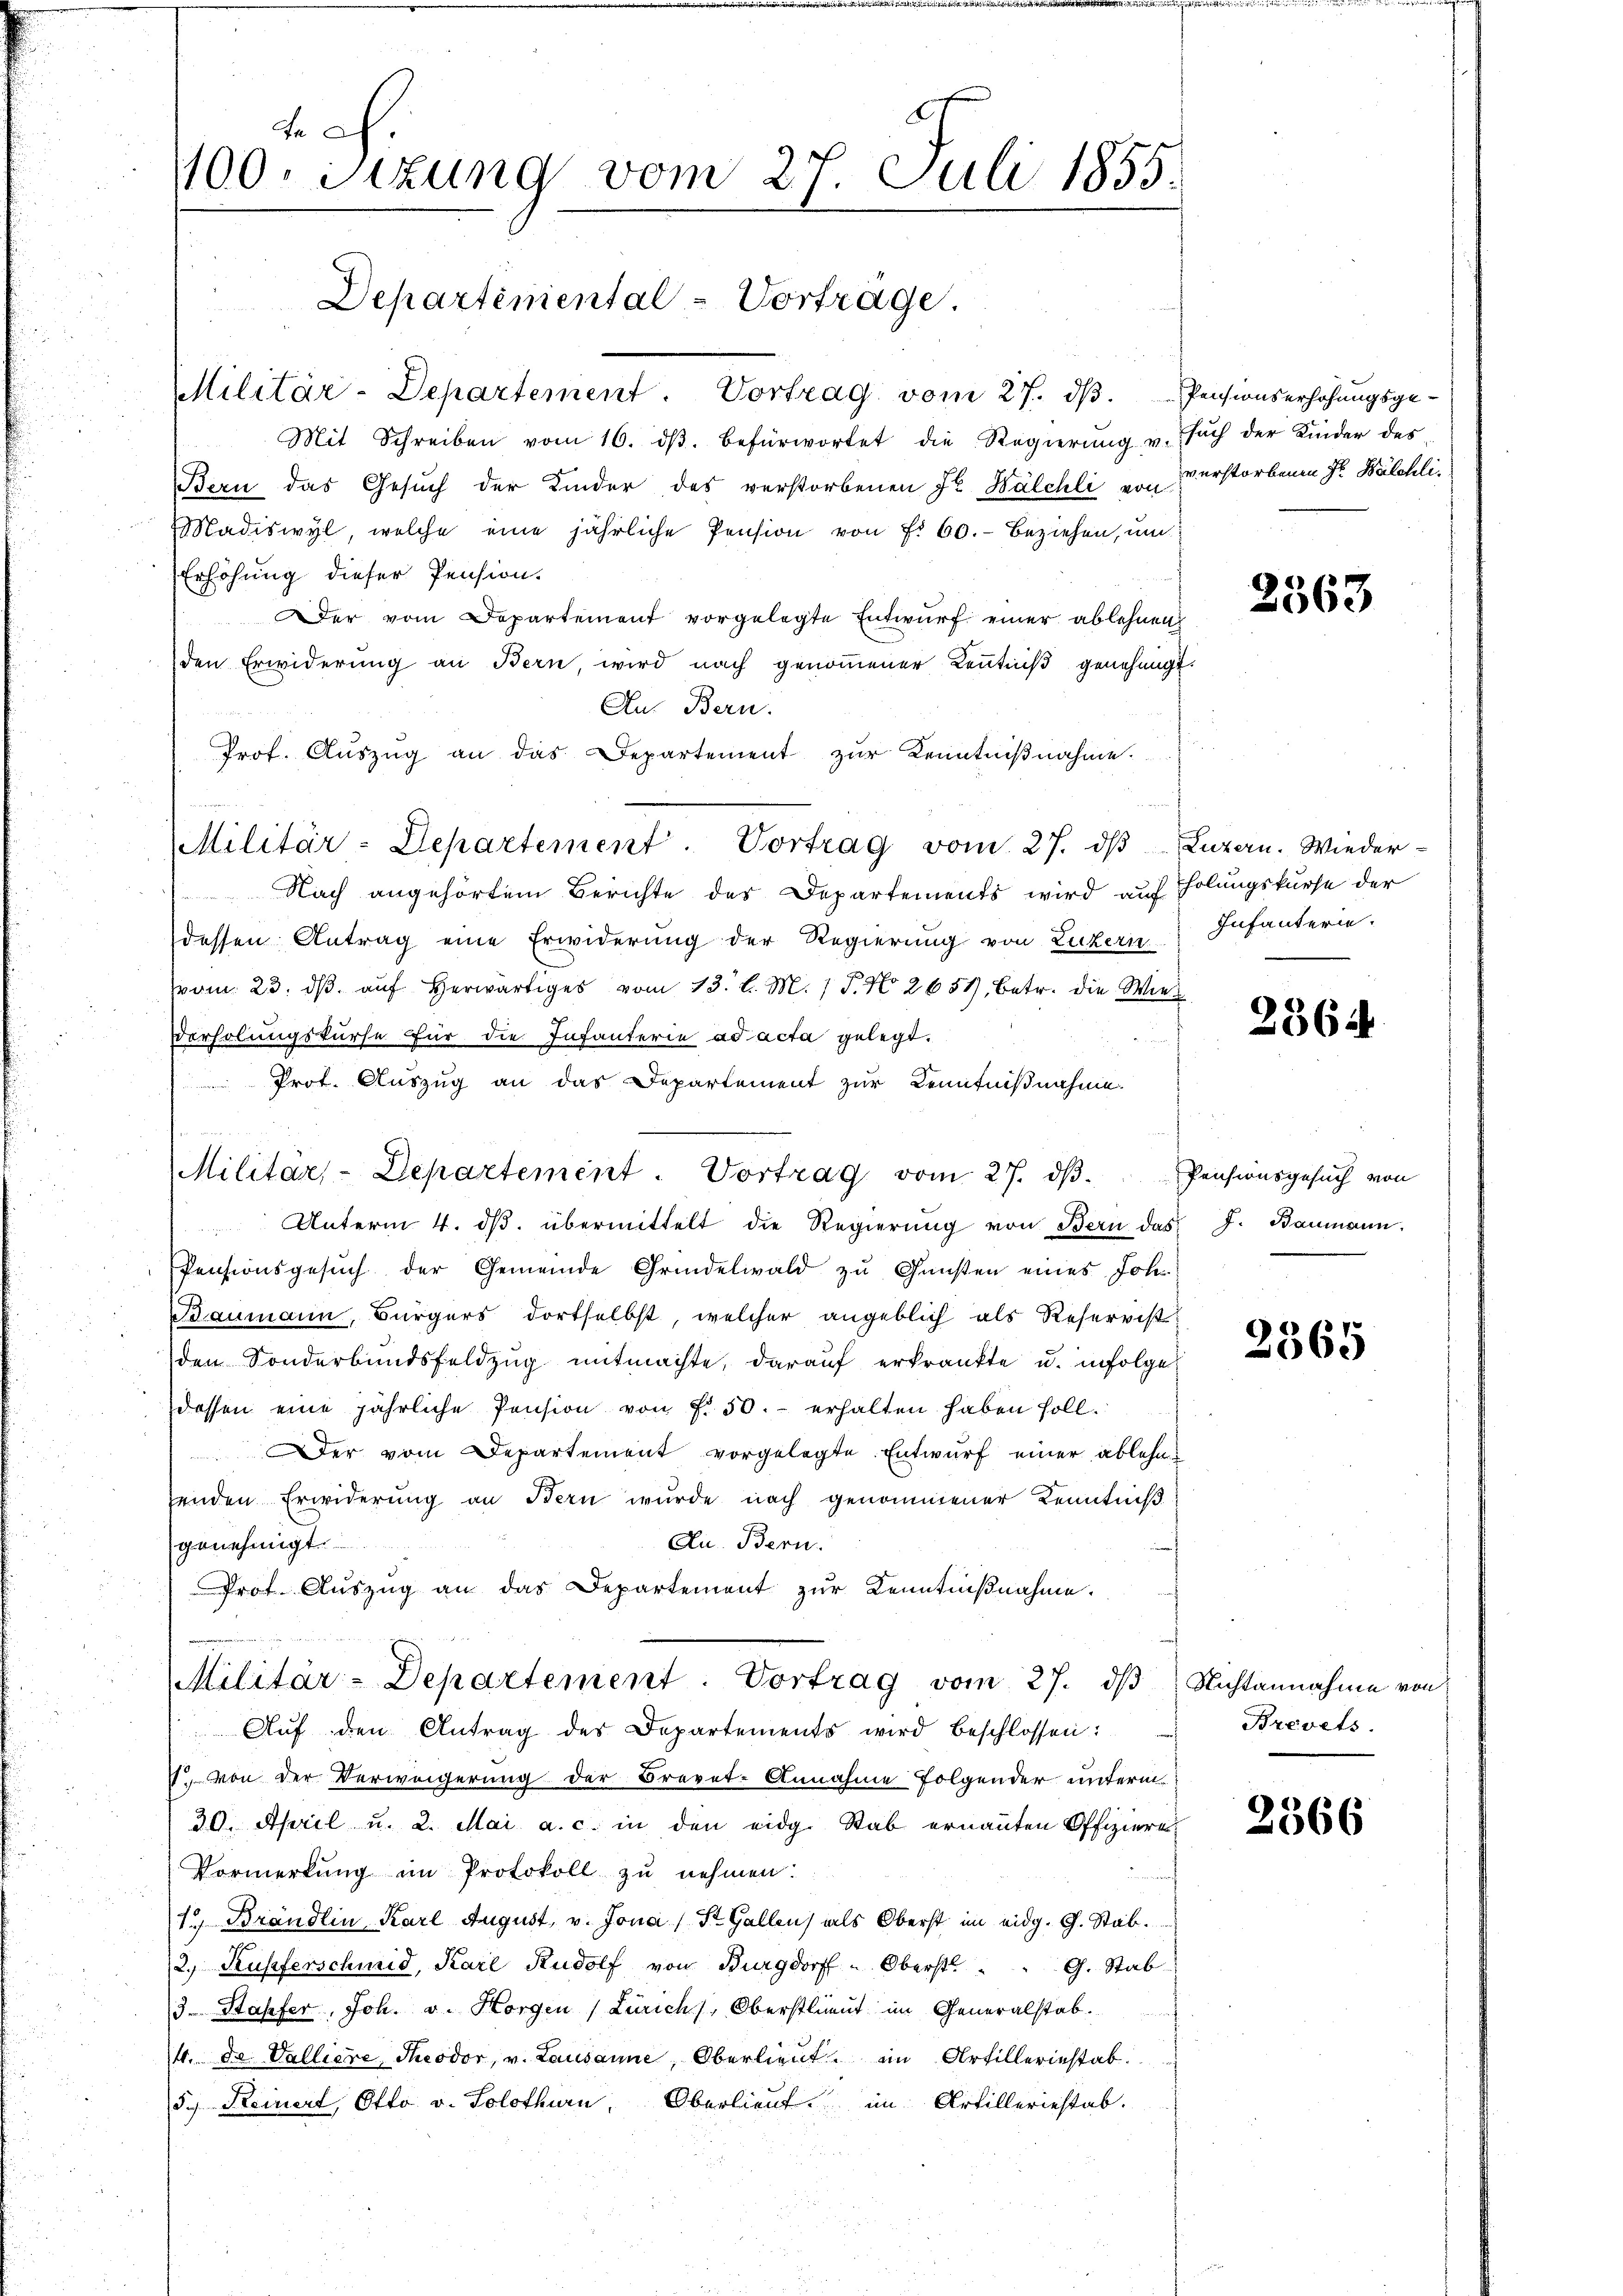
tch.
100. Sizung vom 27. Juli 1855.
i
Departemental-Vorträge.

Militär-Departement. Vortrag vom 27. dβ.

Mit Schreiben vom 16. dβ. befürwortet die Regierŭng u. Euch der Kinder des
Bern das Gesuch der Kinder des verstorbenen J. Walchli von verstorbenen Fr. Balchli¬
Madiswyl, welche eine jährliche Pension von f. 60. Beziehen, um
Erhöhung dieser Pension.
Der vom Departement vorgelegte Entwurf einer ablehnen
den Erwiderung an Bern, wird nach genommener Kenntniß genehmig
Au Bern.
  14
Nach angehörtem Berichte des Departements wird auf Holungskurse der
dessen Antrag eine Erwiderung der Regierung von Luzern
vom 23. dβ aŭf herwärtiges vom 13. l. M. 1 P. No 2659, betr. die Wie
Verholungskurse für die Infanterie ad acta gelegt.
Prof. Auszug an das Departement zur Kenntnißnahme.
Unterm 4. ds. übermittelt die Regierung von Bern das

Pensionsgesuch der Gemeinde Grindelwald zu Gunsten eines Joh
Baumann, Bürgers dortselbst, welcher angeblich als Reservist
den Sonderbundsfeldzug mitmachte, darauf erkrankte u. infolge
dessen eine jährliche Pension von f. 50. erhalten haben soll.
Der vom Departement vorgelegte Entwurf einer ablehnenden Erwiderung an Bern wurde nach genommener Kenntniß
Au. Bern.
genehmigt.
Prot. Aŭszŭg an das Departement zur Kenntnißnahme.
Militär-Departement. Vortrag vom 27. ds
Aŭf den Antrag des Departements wird beschlossen:
1 von der Verweigerung der Brevet-Annahme folgender unterm
30. April u. 2. Mai a. c. in den eidg. Stab ernannten Offiziere.
Vormerkung im Protokoll zu nehmen:
1. Brändlin Karl August, v. Jona (St. Gallen als Oberst im eidg. G. Stab.
2., Kupferschmid, Karl Rudolf von Burgdorff " Oberst " " G. Stab
3. Stapfer, Joh. v. Horgen (Zürich, Oberstlieut im Generalstab.
4. de Valliere Theodor v. Lausanne, Oberlieut. ein Artillerinstab.
5. Keinert, Otto v. Solothurn, Oberlieut. im Artilleriestab.

Prof. Auszug an das Departement zur Kenntnißnahme.
Militär-Departement Vortrag vom 27. dβ

Militar-Departement. Vortrag vom 27. dβ.

Pensionserhöhungsge¬

.

2563

Luzern. Wieder-
Infanterie.

2864

Pensionsgesuch von
S. J. Baumann.

2365

Nichtannahme von
Brevets

2366